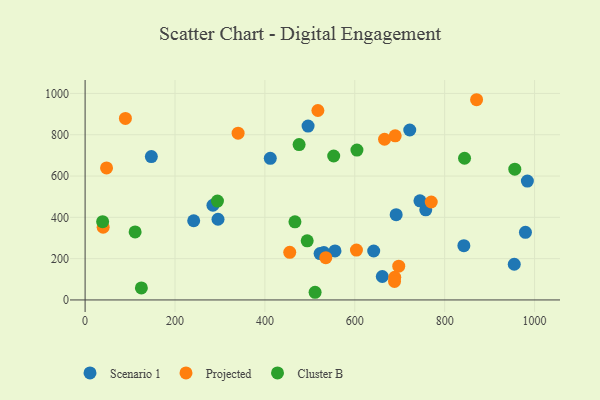
{"axis": {"x": "Price", "y": "Profit"}, "legend": ["Cluster B", "Projected", "Scenario 1"], "data": [{"x": "757.9", "y": 436.3, "type": "Scenario 1"}, {"x": "642.1", "y": 236.9, "type": "Scenario 1"}, {"x": "954.8", "y": 172.8, "type": "Scenario 1"}, {"x": "284.4", "y": 458.5, "type": "Scenario 1"}, {"x": "522.8", "y": 224.5, "type": "Scenario 1"}, {"x": "496.1", "y": 842.1, "type": "Scenario 1"}, {"x": "692.1", "y": 413.1, "type": "Scenario 1"}, {"x": "556.0", "y": 237.3, "type": "Scenario 1"}, {"x": "722.3", "y": 822.9, "type": "Scenario 1"}, {"x": "241.6", "y": 383.5, "type": "Scenario 1"}, {"x": "412.0", "y": 685.7, "type": "Scenario 1"}, {"x": "979.7", "y": 327.2, "type": "Scenario 1"}, {"x": "295.7", "y": 390.8, "type": "Scenario 1"}, {"x": "147.4", "y": 694.5, "type": "Scenario 1"}, {"x": "661.2", "y": 113.6, "type": "Scenario 1"}, {"x": "984.0", "y": 575.7, "type": "Scenario 1"}, {"x": "842.7", "y": 262.6, "type": "Scenario 1"}, {"x": "745.0", "y": 480.2, "type": "Scenario 1"}, {"x": "531.2", "y": 229.7, "type": "Scenario 1"}, {"x": "89.7", "y": 879.0, "type": "Projected"}, {"x": "535.5", "y": 204.5, "type": "Projected"}, {"x": "47.7", "y": 639.3, "type": "Projected"}, {"x": "688.9", "y": 109.4, "type": "Projected"}, {"x": "455.3", "y": 230.6, "type": "Projected"}, {"x": "871.0", "y": 969.6, "type": "Projected"}, {"x": "40.2", "y": 351.9, "type": "Projected"}, {"x": "770.1", "y": 474.4, "type": "Projected"}, {"x": "689.9", "y": 794.9, "type": "Projected"}, {"x": "517.9", "y": 917.4, "type": "Projected"}, {"x": "688.4", "y": 89.6, "type": "Projected"}, {"x": "340.4", "y": 807.8, "type": "Projected"}, {"x": "666.2", "y": 778.3, "type": "Projected"}, {"x": "697.8", "y": 163.5, "type": "Projected"}, {"x": "603.7", "y": 241.3, "type": "Projected"}, {"x": "125.2", "y": 58.2, "type": "Cluster B"}, {"x": "511.7", "y": 37.1, "type": "Cluster B"}, {"x": "111.3", "y": 329.5, "type": "Cluster B"}, {"x": "294.5", "y": 479.0, "type": "Cluster B"}, {"x": "494.1", "y": 286.1, "type": "Cluster B"}, {"x": "476.1", "y": 752.5, "type": "Cluster B"}, {"x": "553.1", "y": 697.0, "type": "Cluster B"}, {"x": "466.9", "y": 378.3, "type": "Cluster B"}, {"x": "844.2", "y": 686.2, "type": "Cluster B"}, {"x": "604.8", "y": 725.6, "type": "Cluster B"}, {"x": "956.0", "y": 633.3, "type": "Cluster B"}, {"x": "39.0", "y": 379.2, "type": "Cluster B"}]}